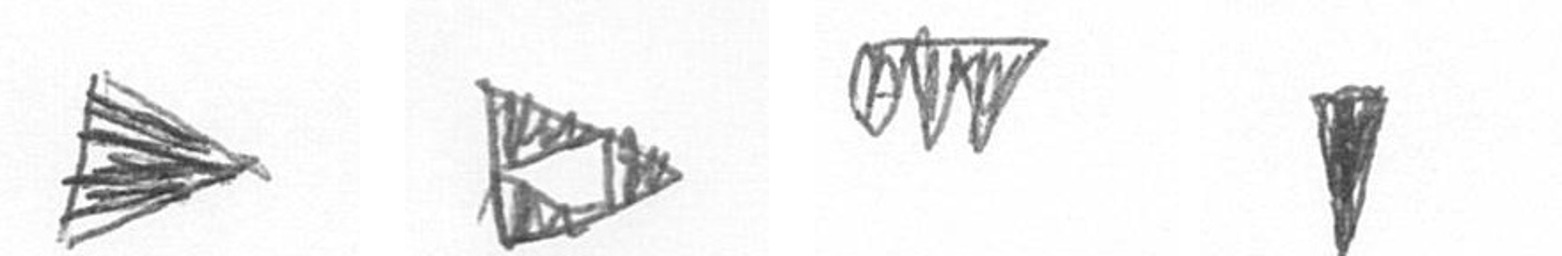
T K L J